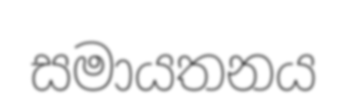
සමායතනය